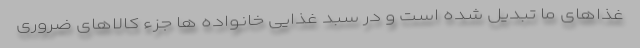
غذاهای ما تبدیل شده است و در سبد غذایی خانواده ها جزء کالاهای ضروری